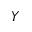
Y